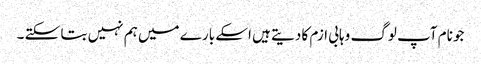
جو نام آپ لوگ وہابی ازم کا دیتے ہیں اسکے بارے میں ہم نہیں بتا سکتے ۔